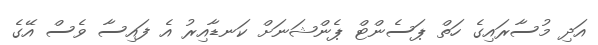
އަދި މުސާރައިގެ ހަތް ޕަސެންޓް ޕެންޝަނަށް ކަނޑާއިރު އެ ފައިސާ ވެސް އޭގެ